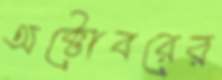
অক্টোবরের